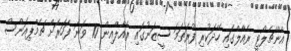
އެންޗެލޯޓީ ރެއާލްގައި ހޭދަކުރި ފުރަތަމަ ސީޒަނުގައި ރެއާލްއިން 10 ވަނަ ފަހަރަށް ޗެމްޕިއަންސް